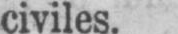
civiles.